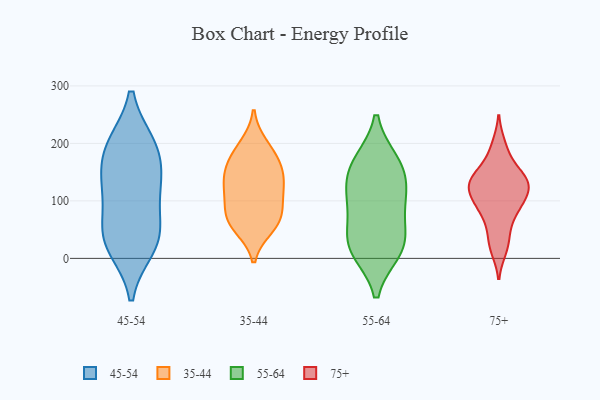
{"axis": {"x": "Latency (ms)", "y": "Value"}, "legend": ["35-44", "45-54", "55-64", "75+"], "data": [{"x": "", "y": 130, "type": "45-54"}, {"x": "", "y": 48, "type": "45-54"}, {"x": "", "y": 196, "type": "45-54"}, {"x": "", "y": 195, "type": "45-54"}, {"x": "", "y": 32, "type": "45-54"}, {"x": "", "y": 117, "type": "45-54"}, {"x": "", "y": 40, "type": "45-54"}, {"x": "", "y": 130, "type": "45-54"}, {"x": "", "y": 21, "type": "45-54"}, {"x": "", "y": 190, "type": "45-54"}, {"x": "", "y": 55, "type": "35-44"}, {"x": "", "y": 161, "type": "35-44"}, {"x": "", "y": 158, "type": "35-44"}, {"x": "", "y": 70, "type": "35-44"}, {"x": "", "y": 196, "type": "35-44"}, {"x": "", "y": 69, "type": "35-44"}, {"x": "", "y": 128, "type": "35-44"}, {"x": "", "y": 180, "type": "35-44"}, {"x": "", "y": 118, "type": "35-44"}, {"x": "", "y": 66, "type": "35-44"}, {"x": "", "y": 134, "type": "35-44"}, {"x": "", "y": 102, "type": "35-44"}, {"x": "", "y": 151, "type": "55-64"}, {"x": "", "y": 106, "type": "55-64"}, {"x": "", "y": 167, "type": "55-64"}, {"x": "", "y": 18, "type": "55-64"}, {"x": "", "y": 88, "type": "55-64"}, {"x": "", "y": 40, "type": "55-64"}, {"x": "", "y": 23, "type": "55-64"}, {"x": "", "y": 164, "type": "55-64"}, {"x": "", "y": 112, "type": "55-64"}, {"x": "", "y": 14, "type": "55-64"}, {"x": "", "y": 84, "type": "75+"}, {"x": "", "y": 63, "type": "75+"}, {"x": "", "y": 32, "type": "75+"}, {"x": "", "y": 130, "type": "75+"}, {"x": "", "y": 92, "type": "75+"}, {"x": "", "y": 198, "type": "75+"}, {"x": "", "y": 139, "type": "75+"}, {"x": "", "y": 109, "type": "75+"}, {"x": "", "y": 169, "type": "75+"}, {"x": "", "y": 15, "type": "75+"}, {"x": "", "y": 135, "type": "75+"}, {"x": "", "y": 140, "type": "75+"}, {"x": "", "y": 105, "type": "75+"}, {"x": "", "y": 127, "type": "75+"}]}